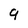
Character: 9